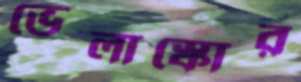
ভেলাস্কোর